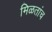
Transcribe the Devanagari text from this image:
मिळतांच